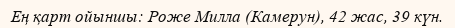
Ең қарт ойыншы: Роже Милла (Камерун), 42 жас, 39 күн.